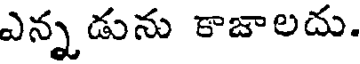
ఎన్నడును కాజాలదు.